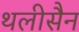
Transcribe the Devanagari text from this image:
थलीसैन